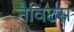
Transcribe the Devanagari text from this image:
नैविटस